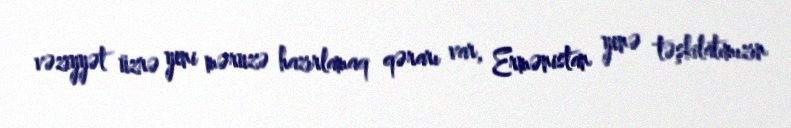
vəziyyət üzrə yeni məruzə hazırlamaq qərarı var, Ermənistan yenə təşkilatımızın